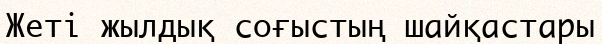
Жеті жылдық соғыстың шайқастары